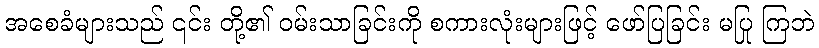
အစေခံများသည် ၎င်း တို့၏ ဝမ်းသာခြင်းကို စကားလုံးများဖြင့် ဖော်ပြခြင်း မပြု ကြဘဲ